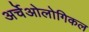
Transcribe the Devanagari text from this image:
अर्चेओलोगिकल